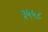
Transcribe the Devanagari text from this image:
३५५८